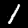
Label: 1